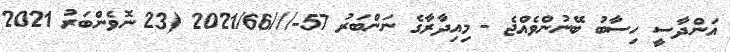
އަންދާސީ ހިސާބު ބޭނުންވެއްޖެ - މިއިދާރާގެ ނަންބަރު 57-///2021/66 (23 ނޮވެންބަރު 2021